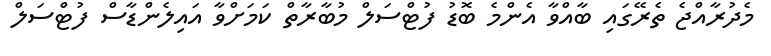
މެދުރާއްޖެ ތެރޭގައި ބާއްވާ އެންމެ ބޮޑު ފުޓްސަލް މުބާރާތް ކަމަށްވާ އައިލެންޑާސް ފުޓްސަލް